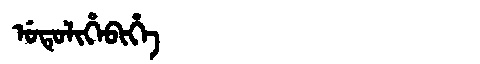
Manchu: ᡠᡨᡠᠯᡳᡥᡝᠪᡳᡥᡝ
Romanization: UTULIHEBIHE